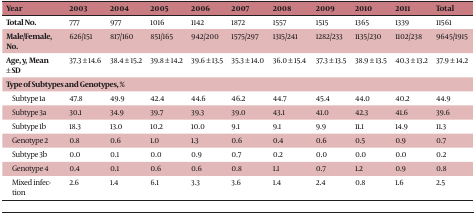
<table><thead><tr><td><b>Year</b></td><td><b>2003</b></td><td><b>2004</b></td><td><b>2005</b></td><td><b>2006</b></td><td><b>2007</b></td><td><b>2008</b></td><td><b>2009</b></td><td><b>2010</b></td><td><b>2011</b></td><td><b>Total</b></td></tr></thead><tbody><tr><td><b>Total No.</b></td><td>777</td><td>977</td><td>1016</td><td>1142</td><td>1872</td><td>1557</td><td>1515</td><td>1365</td><td>1339</td><td>11561</td></tr><tr><td><b>Male/Female, No.</b></td><td>626/151</td><td>817/160</td><td>851/165</td><td>942/200</td><td>1575/297</td><td>1315/241</td><td>1282/233</td><td>1135/230</td><td>1102/238</td><td>9645/1915</td></tr><tr><td><b>Age, y, Mean </b>±<b> SD</b></td><td>37.3 ± 14.6</td><td>38.4 ± 15.2</td><td>39.8 ± 14.2</td><td>39.6 ± 13.5</td><td>35.3 ± 14.0</td><td>36.0 ± 15.4</td><td>37.3 ± 13.5</td><td>38.9 ± 13.5</td><td>40.3 ± 13.2</td><td>37.9 ± 14.2</td></tr><tr><td><b>Type of Subtypes and Genotypes, %</b></td><td></td><td></td><td></td><td></td><td></td><td></td><td></td><td></td><td></td><td></td></tr><tr><td>Subtype 1a</td><td>47.8</td><td>49.9</td><td>42.4</td><td>44.6</td><td>46.2</td><td>44.7</td><td>45.4</td><td>44.0</td><td>40.2</td><td>44.9</td></tr><tr><td>Subtype 3a</td><td>30.1</td><td>34.9</td><td>39.7</td><td>39.3</td><td>39.0</td><td>43.1</td><td>41.0</td><td>42.3</td><td>41.6</td><td>39.6</td></tr><tr><td>Subtype 1b</td><td>18.3</td><td>13.0</td><td>10.2</td><td>10.0</td><td>9.1</td><td>9.1</td><td>9.9</td><td>11.1</td><td>14.9</td><td>11.3</td></tr><tr><td>Genotype 2</td><td>0.8</td><td>0.6</td><td>1.0</td><td>1.3</td><td>0.6</td><td>0.4</td><td>0.6</td><td>0.5</td><td>0.9</td><td>0.7</td></tr><tr><td>Subtype 3b</td><td>0.0</td><td>0.1</td><td>0.0</td><td>0.9</td><td>0.7</td><td>0.2</td><td>0.0</td><td>0.0</td><td>0.0</td><td>0.2</td></tr><tr><td>Genotype 4</td><td>0.4</td><td>0.1</td><td>0.6</td><td>0.6</td><td>0.8</td><td>1.1</td><td>0.7</td><td>1.2</td><td>0.9</td><td>0.8</td></tr><tr><td>Mixed infection</td><td>2.6</td><td>1.4</td><td>6.1</td><td>3.3</td><td>3.6</td><td>1.4</td><td>2.4</td><td>0.8</td><td>1.6</td><td>2.5</td></tr></tbody></table>